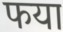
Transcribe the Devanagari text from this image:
फया